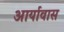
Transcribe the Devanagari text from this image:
आर्यावास